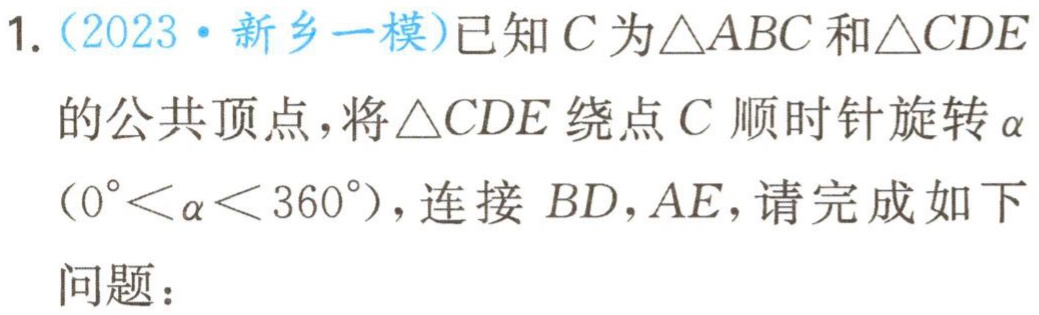
1.（2023·新乡一模）已知\(C\)为\(\triangle ABC\)和\(\triangle CDE\)的公共顶点，将\(\triangle CDE\)绕点\(C\)顺时针旋转\(\alpha\)（\(0^{\circ}<\alpha<360^{\circ}\)），连接 \(BD,AE\)，请完成如下问题：